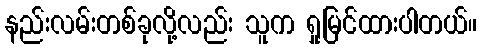
နည်းလမ်းတစ်ခုလို့လည်း သူက ရှုမြင်ထားပါတယ်။